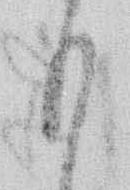
も